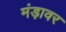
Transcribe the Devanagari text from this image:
मंड़ावर